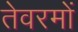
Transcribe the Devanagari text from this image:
तेवरमों